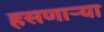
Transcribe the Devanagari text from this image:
हसणाऱ्या